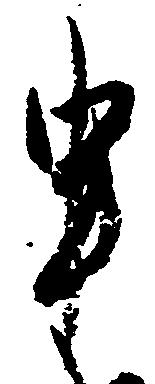
申